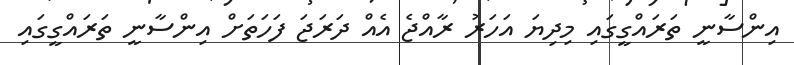
އިންސާނީ ތަރައްގީގައި މިދިޔަ އަހަރު ރާއްޖެ އެއް ދަރަޖަ ފަހަތަށް އިންސާނީ ތަރައްގީގައި